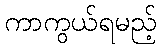
ကာကွယ်ရမည့်